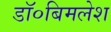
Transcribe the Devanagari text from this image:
डॉ०बिमलेश